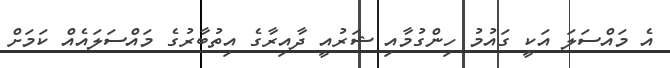
އެ މައްސަލަ އަކީ ގައުމު ހިންގުމާއި ޝަރުއީ ދާއިރާގެ އިތުބާރުގެ މައްސަލައެއް ކަމަށް